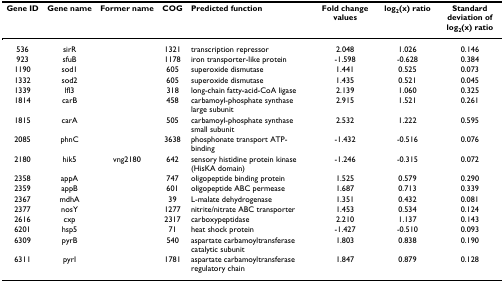
| Gene ID | Gene name | Former name | COG | Predicted function | Fold change values | log2(x) ratio | Standard deviation of log2(x) ratio |
 | --- | --- | --- | --- | --- | --- | --- | --- |
 | 536 | sirR |  | 1321 | transcription repressor | 2.048 | 1.026 | 0.146 |
 | 923 | sfuB |  | 1178 | iron transporter-like protein | -1.598 | -0.628 | 0.384 |
 | 1190 | sod1 |  | 605 | superoxide dismutase | 1.441 | 0.525 | 0.073 |
 | 1332 | sod2 |  | 605 | superoxide dismutase | 1.435 | 0.521 | 0.045 |
 | 1339 | lfl3 |  | 318 | long-chain fatty-acid-CoA ligase | 2.139 | 1.060 | 0.325 |
 | 1814 | carB |  | 458 | carbamoyl-phosphate synthase large subunit | 2.915 | 1.521 | 0.261 |
 | 1815 | carA |  | 505 | carbamoyl-phosphate synthase small subunit | 2.532 | 1.222 | 0.595 |
 | 2085 | phnC |  | 3638 | phosphonate transport ATP-binding | -1.432 | -0.516 | 0.076 |
 | 2180 | hik5 | vng2180 | 642 | sensory histidine protein kinase (HisKA domain) | -1.246 | -0.315 | 0.072 |
 | 2358 | appA |  | 747 | oligopeptide binding protein | 1.525 | 0.579 | 0.290 |
 | 2359 | appB |  | 601 | oligopeptide ABC permease | 1.687 | 0.713 | 0.339 |
 | 2367 | mdhA |  | 39 | L-malate dehydrogenase | 1.351 | 0.432 | 0.081 |
 | 2377 | nosY |  | 1277 | nitrite/nitrate ABC transporter | 1.453 | 0.534 | 0.124 |
 | 2616 | cxp |  | 2317 | carboxypeptidase | 2.210 | 1.137 | 0.143 |
 | 6201 | hsp5 |  | 71 | heat shock protein | -1.427 | -0.510 | 0.093 |
 | 6309 | pyrB |  | 540 | aspartate carbamoyltransferase catalytic subunit | 1.803 | 0.838 | 0.190 |
 | 6311 | pyrI |  | 1781 | aspartate carbamoyltransferase regulatory chain | 1.847 | 0.879 | 0.128 |